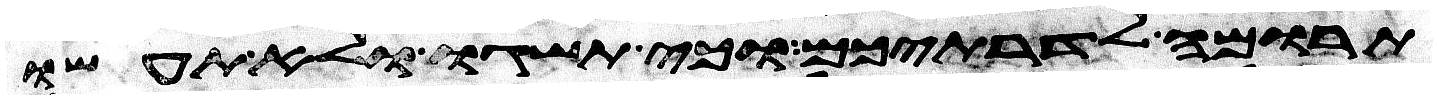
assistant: תרומה לדרתיכם וכי תשגו ולא תעשו